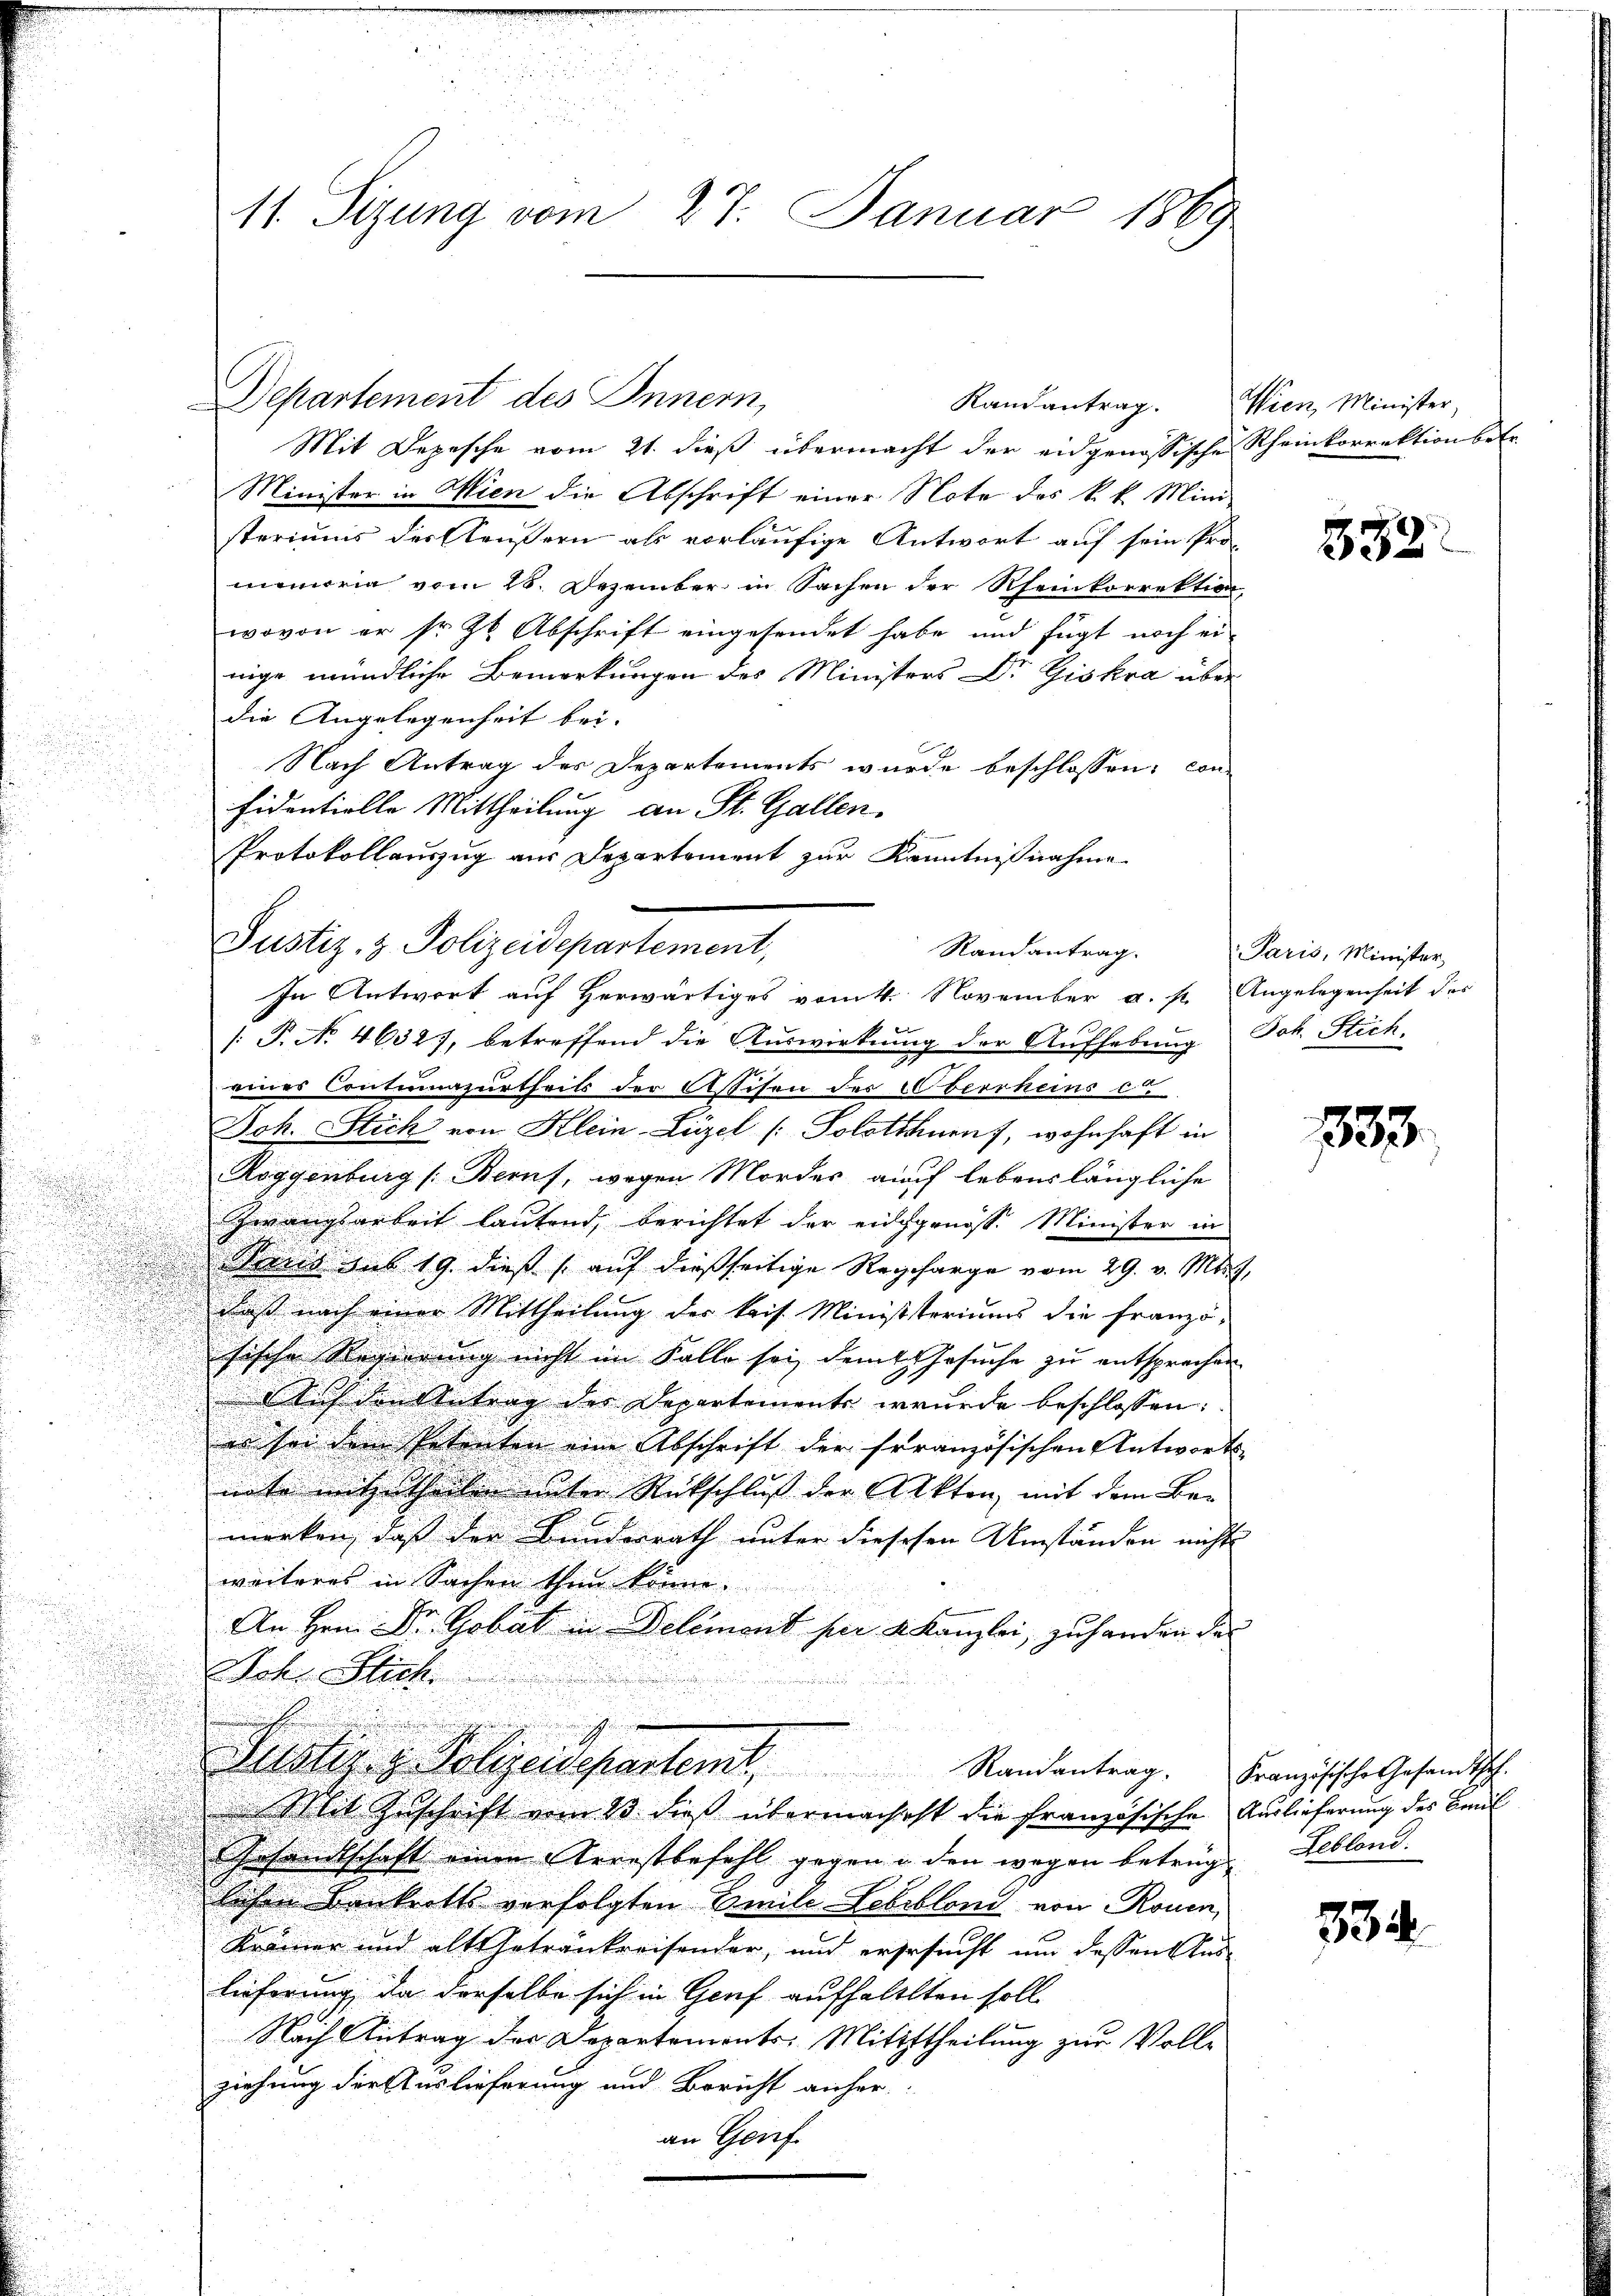
11. Sizung vom 27. Januar 1869

Departement des Innern,
Mit Depesche vom 21. dieß übermacht der eidgenössische Rheinkorrektion betr
Minister in Wien die Abschrift einer Note des k. k. Mini-
steriums des Aeußern als vorläufige Antwort auf sein Pro-
memoria vom 26. Dezember in Sachen der Rheinkorrektion,
wovon er sr. Zt Abschrift eingesendet habe und fügt noch er-
nige mündliche Bemerkungen des Ministers Dr. Giskra über
die Angelegenheit bei- |

Nach Antrag des Departements wurde beschlossen: Confidentiolle Mittheilung an St. Gallen.
Protokollauszug aus Departement zur Kenntnißnahme
In Antwort auf Herwärtiges vom 4. November a. p. Angelegenheit des
[: P. No 46327, betreffend die Auswirkung der Aufhebung
eines Contumazurtheils der Assisen der Oberrheins ca
Joh. Stick von Klein-Liezel (Solothurn, wohnhaft in
Roggenburg [Beruf, wegen Mordes auch lebenslängliche
Zwangsarbeit lautend, berichtet der eidgenosse Minister in
Sind aus 19. dieß (auf dießseitige Recharge vom 29. v. Mts.
daß nach einer Mittheilung der kais. Ministeriums die franzö-
sische Regierung nicht im Falle sei, dem Gesuche zu entsprechen
Auch den Antrag der Departements wurde beschlossen:
.
u
es sei dem Petenten eine Abschrift der französischen Antworts-

nnte mitzutheilen unter Rückschluß der Akten, mit dem Be¬

merken, daß der Bundesrath unter diesesen Umständen nicht |
weiteres in Sachen thun könne.
An Hrn. Dr. Gobat in Delémont per Kanzlei, zu handen der
Sch. Stich
e
Justiz & Polizeidepartemt. Randantrag. Französische Gesandtsch
Mit Zuschrift vom 13. dieß übermachsicht die französische Auslieferung des Baul
Gesandtschaft einen Arrestbefehl gegen u den wegen betrug. Leblond.
lichen Denkrett verfolgten Emili Lebsblond von Rouen,
Krämer und alt Getränkreisender, und ersucht um dessen Auslieferung, da derselbe sich in Genf aufhaltlten soll
Nach Antrag des Departements-Mittheilung zur Voll-
ziehung der Auslieferung und Bericht anher
an Genf.

Justiz- & Polizeidepartement,

Randantrag.

Randantrag. Wien Minister,

332

Paris, Minister,
Joh. Stich.

333.

334.